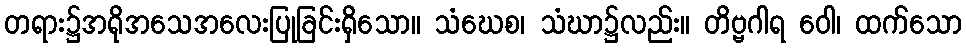
တရား၌အရိုအသေအလေးပြုခြင်းရှိသော။ သံဃေစ၊ သံဃာ၌လည်း။ တိဗ္ဗဂါရ ဝေါ၊ ထက်သော